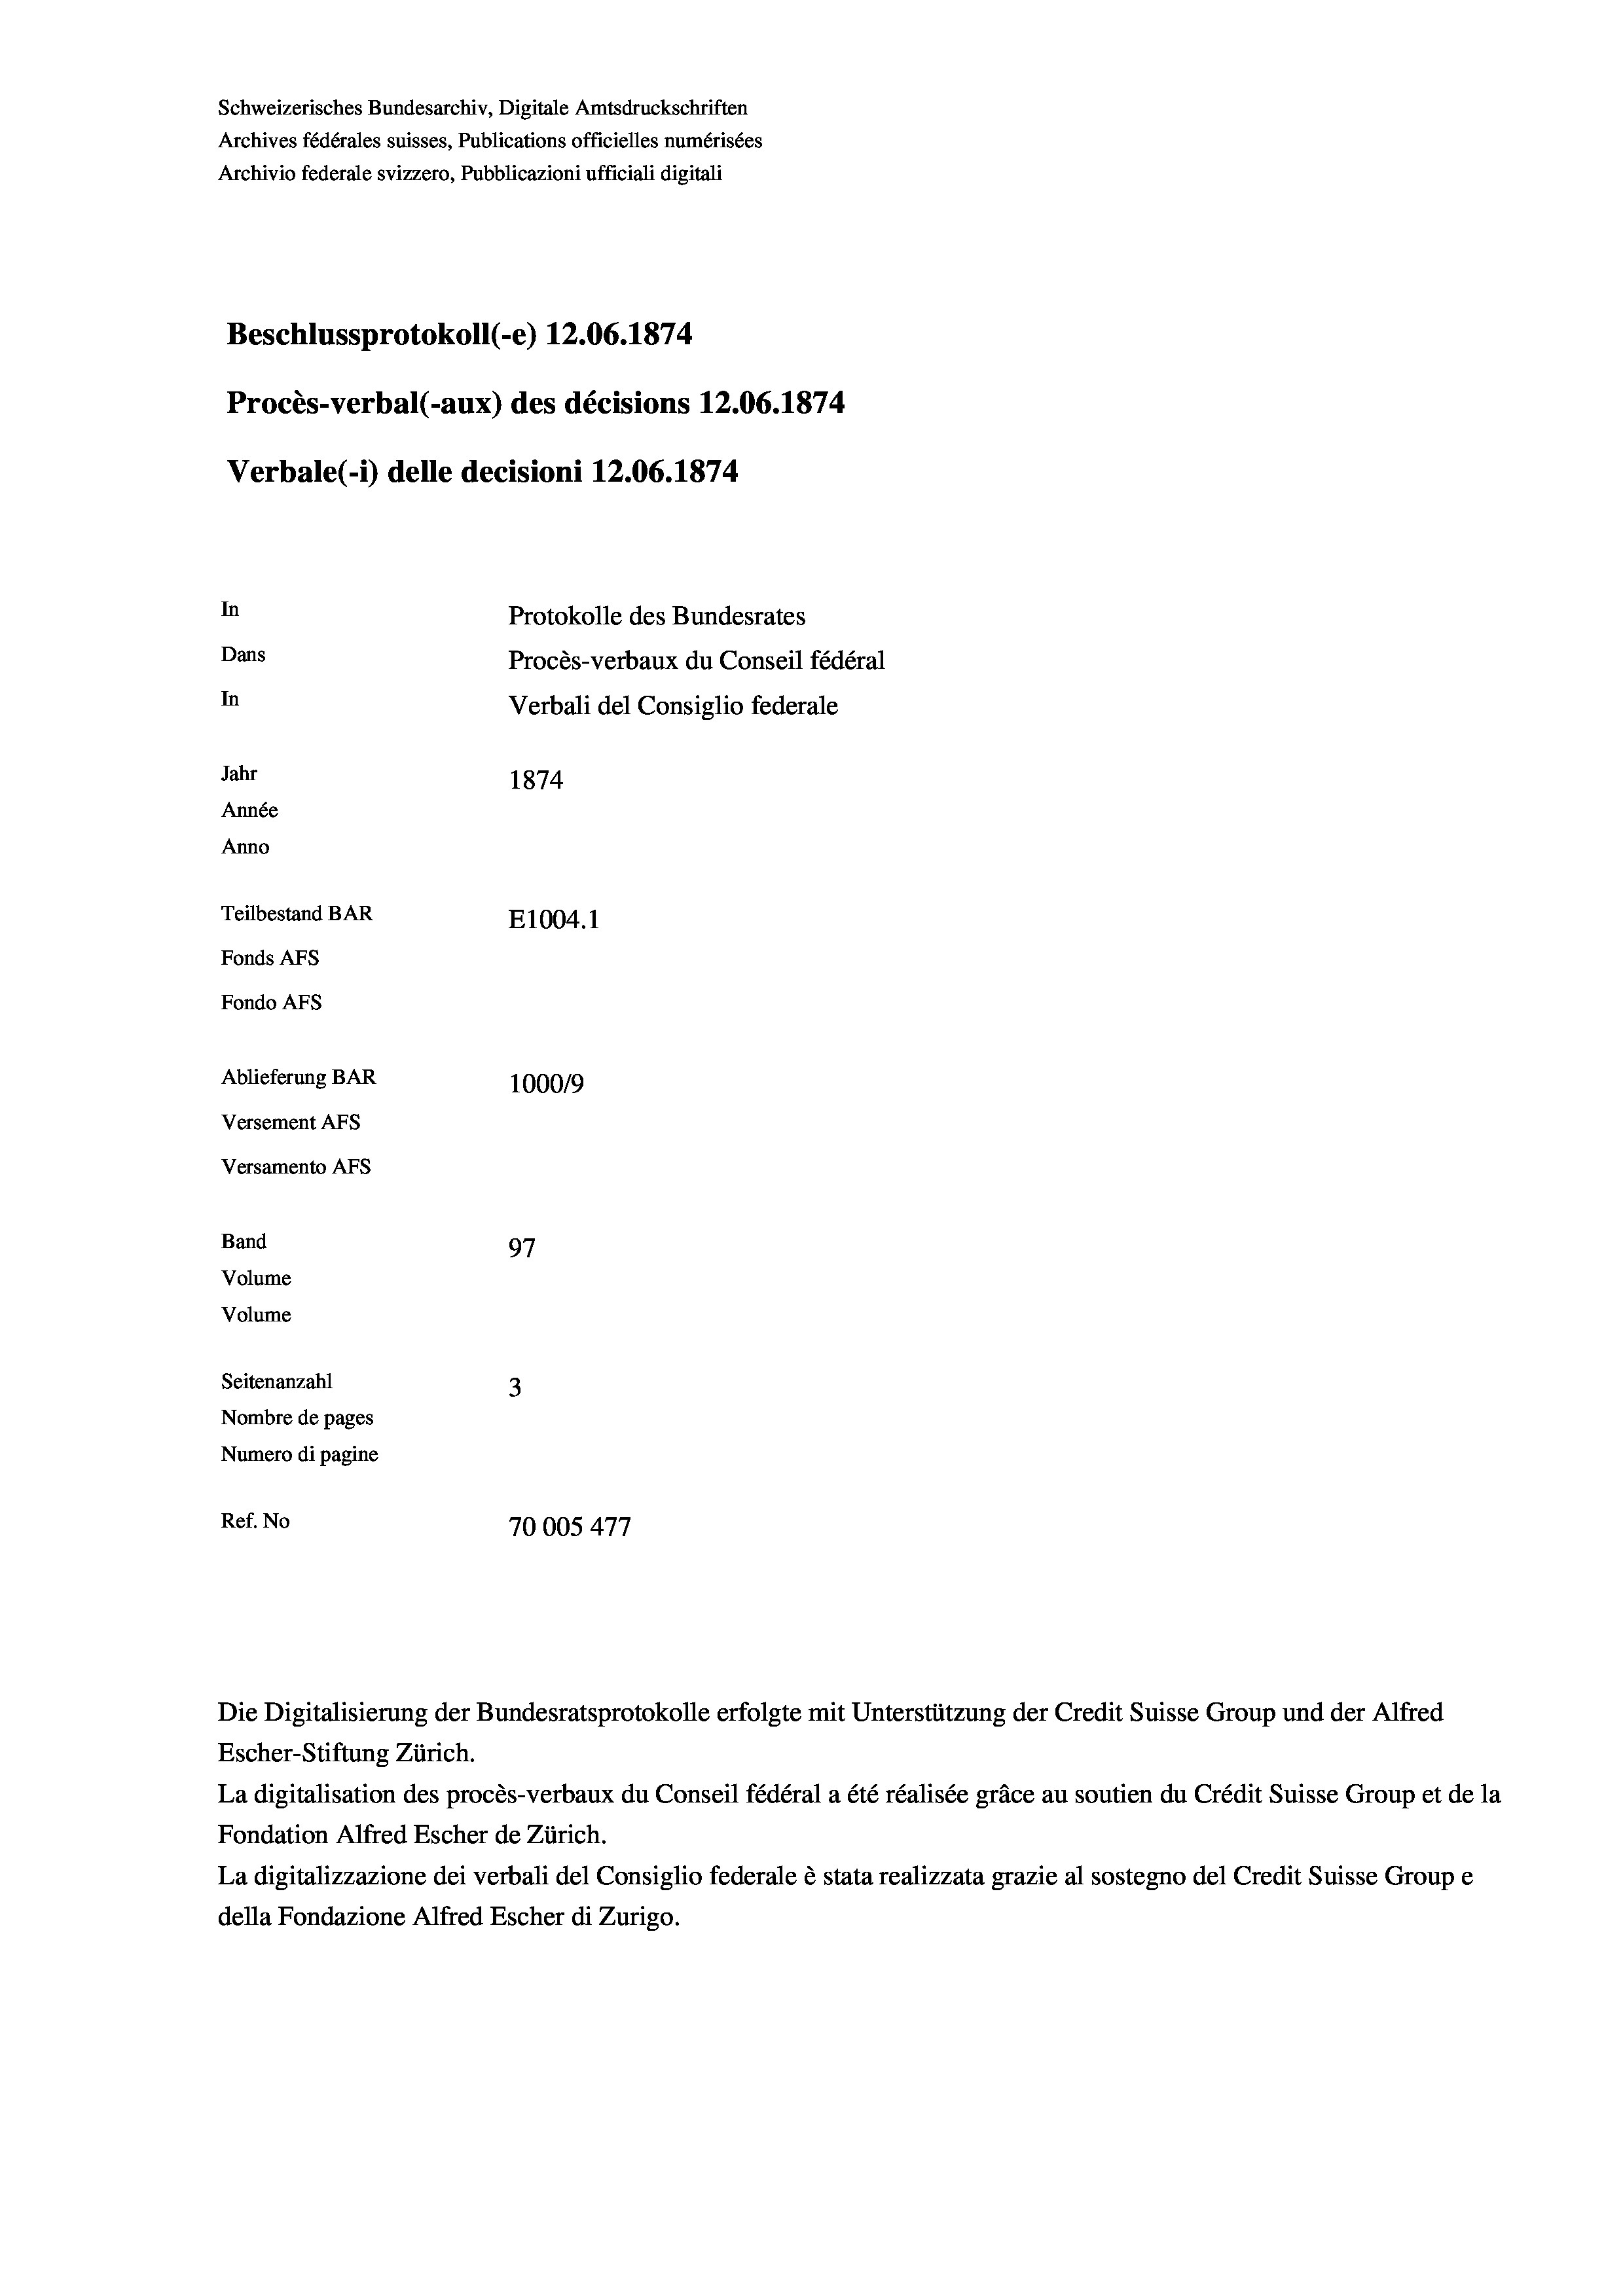
Schweizerisches Bundesarchiv, Digitale Amtsdruckschriften
Archives fédérales suisses, Publications officielles numérisées
Archivio federale svizzero, Pubblicazioni ufficiali digitali
Beschlussprotokoll (-e) 12.06. 1874.
Procès-verbal (-aux) des décisions 12.06. 1874
Verbale (i) delle decisioni 12.06. 1874
In
Protokolle des Bundesrates
Dans
Procès-verbaux du Conseil fédéral
In
Verbali del Consiglio federale
Jahr
1874
Année
Anno
Teilbestand BAR
E1004.1
Fonds Afs
Fondo AFs
Ablieferung BAR
100019
Versement AFS
Versamento Afs
Band
97
Volume
Volume

Seitenanzahl
3
Nombre de pages
Numero di pagine
1
Ref. No
70005 477

Escher-Stiftung Zürich.
La digitalisation des procès-verbaux du Conseil fédéral a été réalisée gräce au soutien du Crédit Suisse Group et de la
Fondation Alfred Escher de Zürich.
La digitalizzazione dei verbali del Consiglio federale è stata realizzata grazie al sostegno del Credit Suisse Groupe
della Fondazione Alfred Escher di Zurigo.

Die Digitalisierung der Bundesratsprotokolle erfolgte mit Unterstützung der Credit Suisse Group und der Alfred